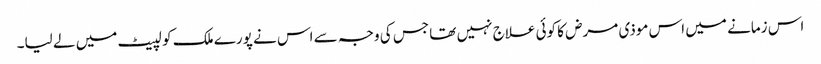
اس زمانے میں اس موذی مرض کا کوئی علاج نہیں تھا جس کی وجہ سے اس نے پورے ملک کو لپیٹ میں لے لیا۔